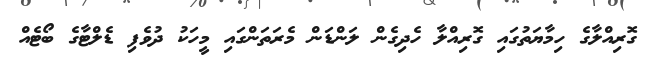
ގޮރިއްލާގެ ހިމާޔަތުގައި ގޮރިއްލާ ހެދިގެން ލަންޑަން މެރަތަންގައި މީހަކު ދުވެފި ޑެލްޓާގެ ބޯޓެއް